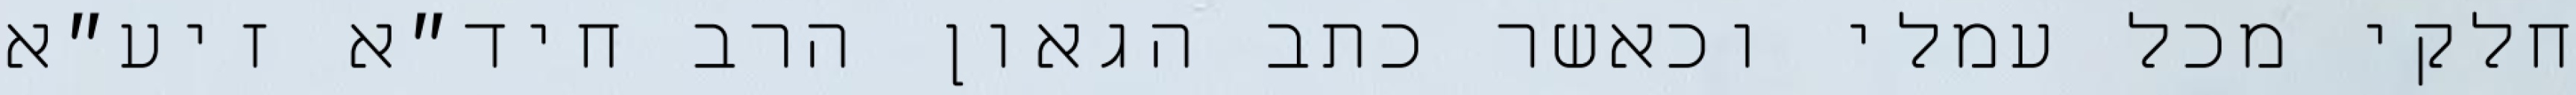
חלקי מכל עמלי וכאשר כתב הגאון הרב חיד״א זיע״א